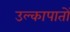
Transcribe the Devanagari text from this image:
उल्कापातों